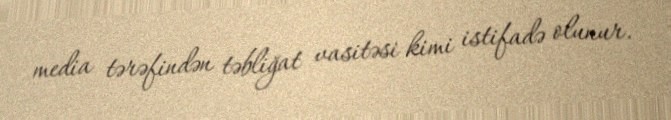
media tərəfindən təbliğat vasitəsi kimi istifadə olunur.